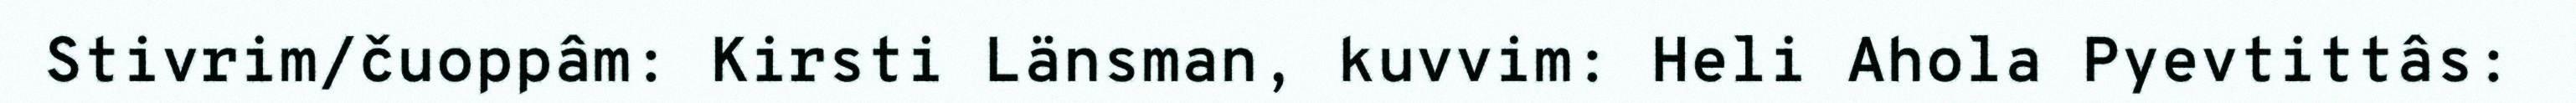
Stivrim/čuoppâm: Kirsti Länsman, kuvvim: Heli Ahola Pyevtittâs: